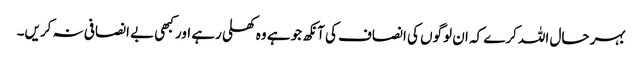
بہر حال اللہ کرے کہ ان لوگوں کی انصاف کی آنکھ جو ہے وہ کھلی رہے اور کبھی بے انصافی نہ کریں۔